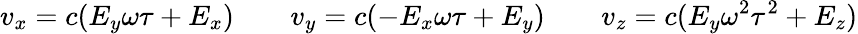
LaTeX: v_{x}=c(E_{y}\omega\tau+E_{x})\qquad v_{y}=c(-E_{x}\omega\tau+E_{y})\qquad v_{z}=c(E_{y}\omega^{2}\tau^{2}+E_{z})